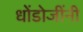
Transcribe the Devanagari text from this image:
धोंडोजींनी